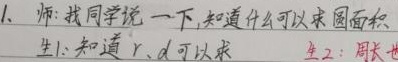
1. 师：找同学说一下，知道什么可以求圆面积
生1：知道 \(r、d\)可以求
生2：周长也